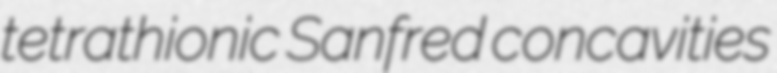
tetrathionic Sanfred concavities